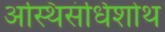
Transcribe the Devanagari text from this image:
अस्थिसंधिशोथ